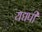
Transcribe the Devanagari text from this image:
यद्यपी